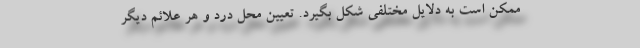
ممکن است به دلایل مختلفی شکل بگیرد. تعیین محل درد و هر علائم دیگر